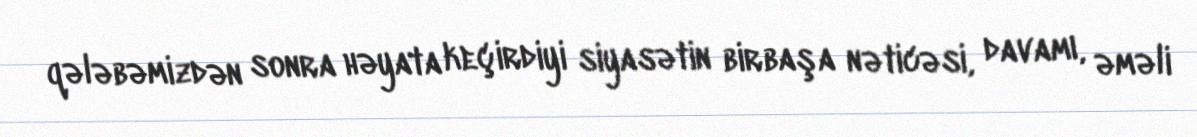
qələbəmizdən sonra həyata keçirdiyi siyasətin birbaşa nəticəsi, davamı, əməli